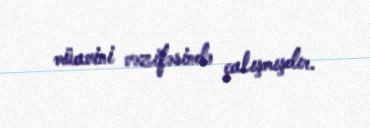
müavini vəzifəsində çalışmışdır.